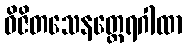
ဝိဇိတသေနတ္ထေရဂါထာ